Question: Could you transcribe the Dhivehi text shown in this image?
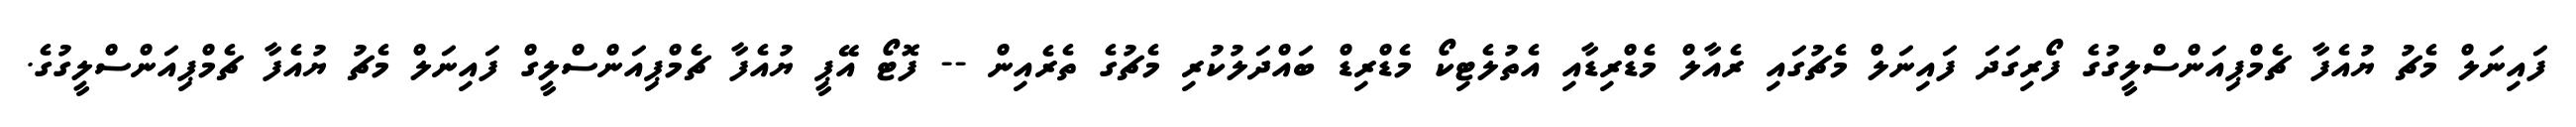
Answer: ފައިނަލް މެޗު ޔުއެފާ ޗެމްޕިއަންސްލީގުގެ ފޯރިގަދަ ފައިނަލް މެޗުގައި ރެއާލް މެޑްރިޑާއި އެތުލެޓިކޯ މެޑްރިޑް ބައްދަލުކުރި މެޗުގެ ތެރެއިން -- ފޮޓޯ އޭޕީ ޔުއެފާ ޗެމްޕިއަންސްލީގް ފައިނަލް މެޗު ޔުއެފާ ޗެމްޕިއަންސްލީގުގެ.